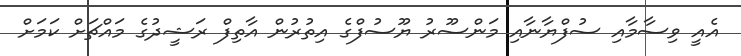
އެއީ ވިސާމާއި ސުފްޔާނާއި މަންސޫރު ޔޫސުފްގެ އިތުރުން އާތިފް ރަޝީދުގެ މައްޗަށް ކަމަށް